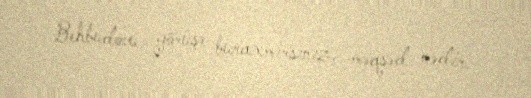
Behbudovu görüşə buraxmırsınız, məqsəd nədir.